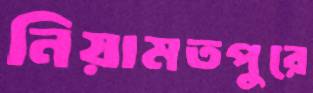
নিয়ামতপুরে